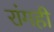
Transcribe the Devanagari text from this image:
रांगही